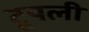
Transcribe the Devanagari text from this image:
टूपली